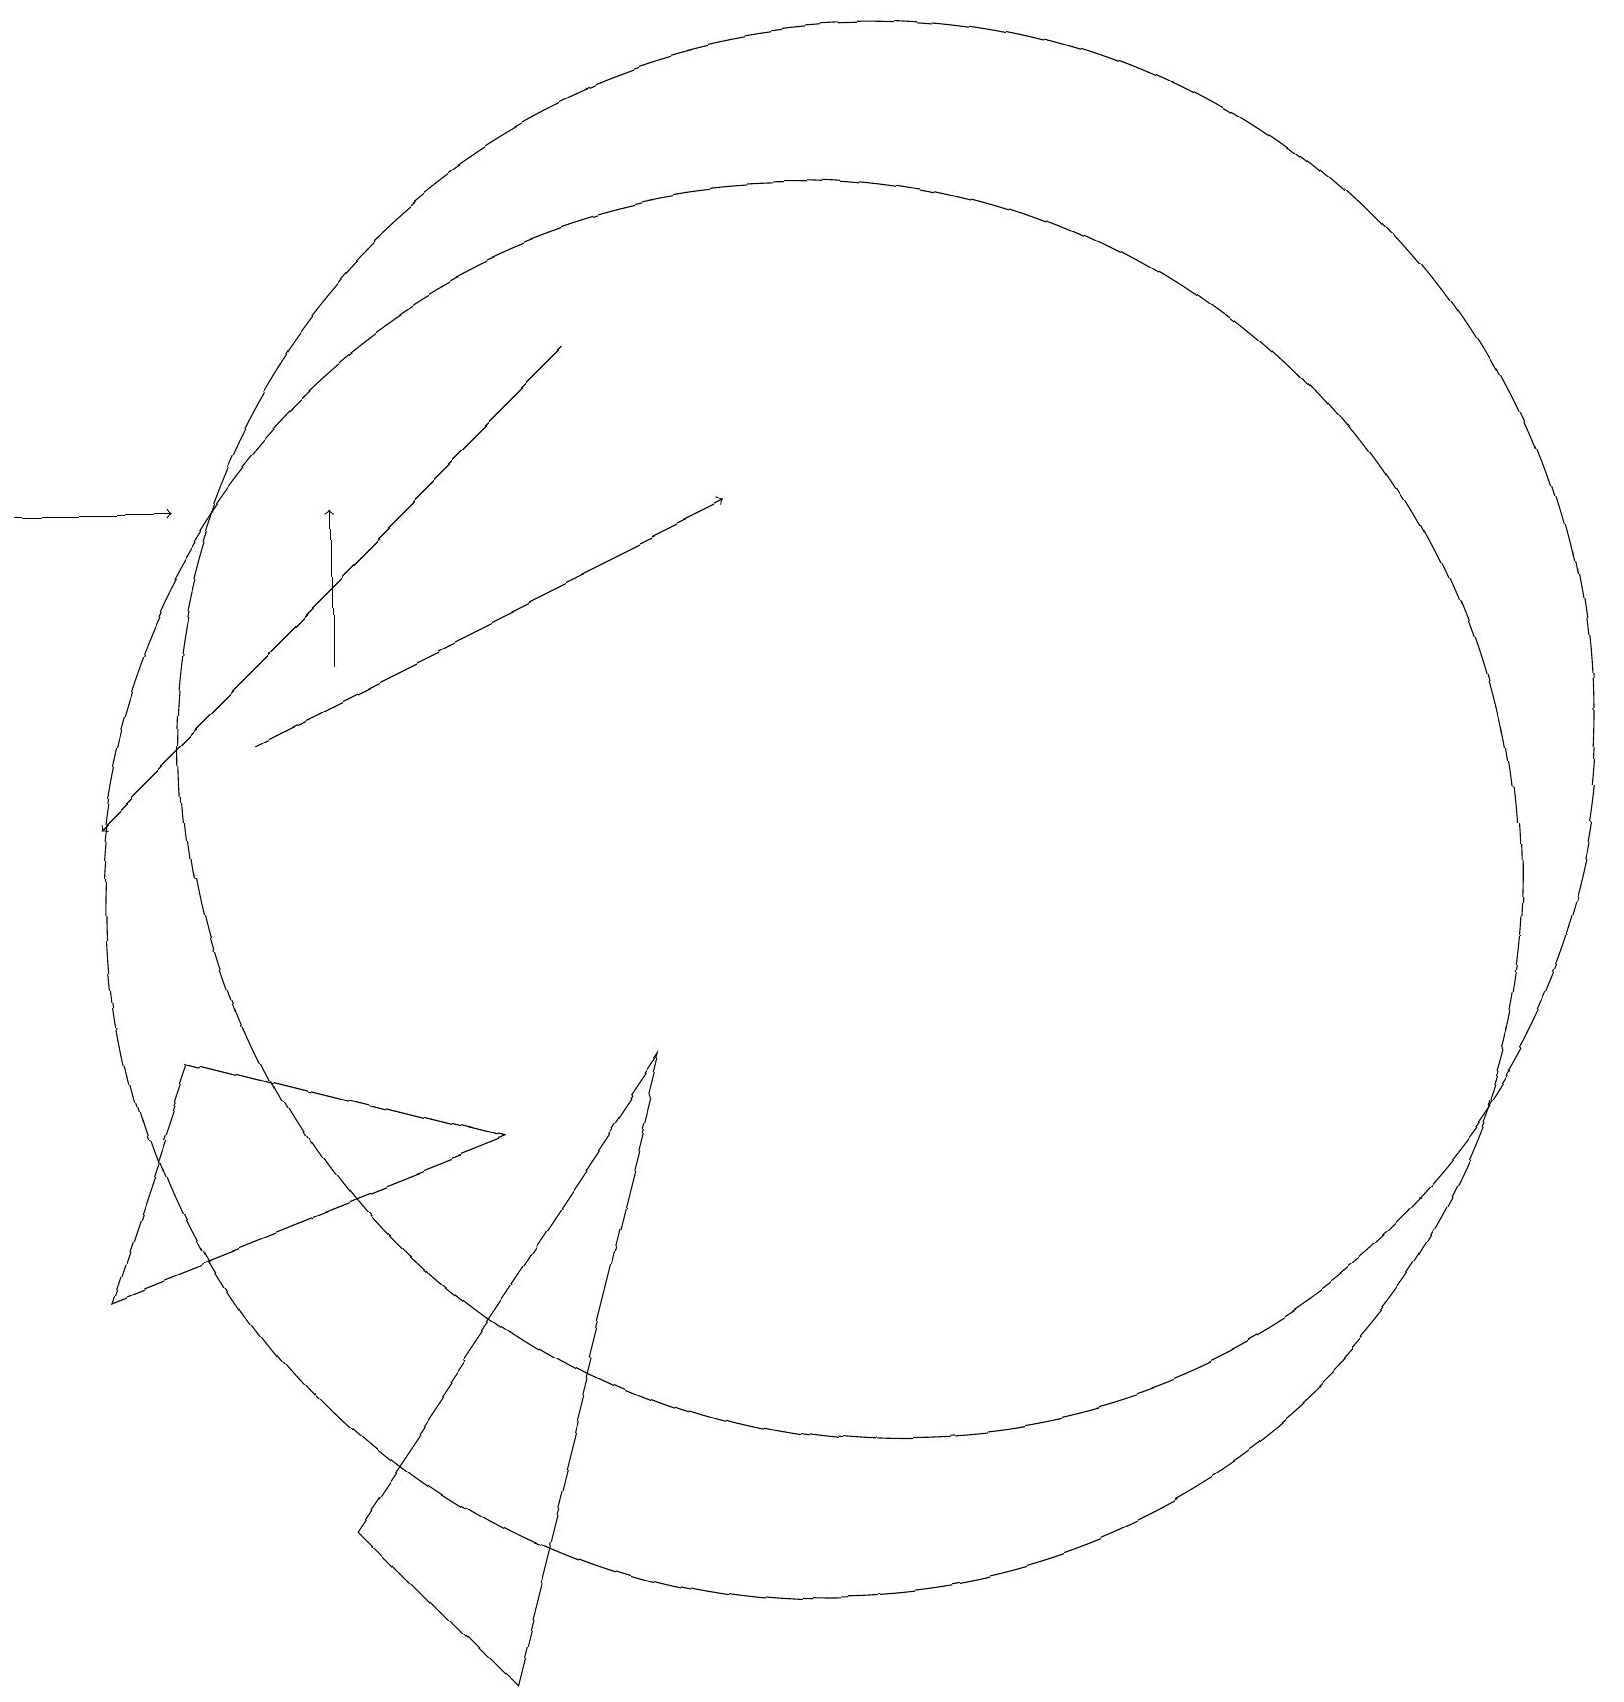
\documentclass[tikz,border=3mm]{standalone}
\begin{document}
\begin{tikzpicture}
\draw[->] (7,17) -- (1,11);
\draw[->] (3,12) -- (9,15);
\draw (10,10) circle (9);
\draw (11,12) circle (9);
\draw (2,8) -- (1,5) -- (6,7) -- cycle;
\draw (6,0) -- (4,2) -- (8,8) -- cycle;
\draw[->] (0,15) -- (2,15);
\draw[->] (4,13) -- (4,15);
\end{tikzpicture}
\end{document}